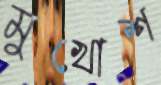
মুখোশ